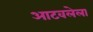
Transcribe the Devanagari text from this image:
आटवलेला